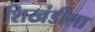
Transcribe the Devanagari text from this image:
शिखंडीला